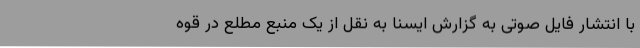
با انتشار فایل صوتی به گزارش ایسنا به نقل از یک منبع مطلع در قوه